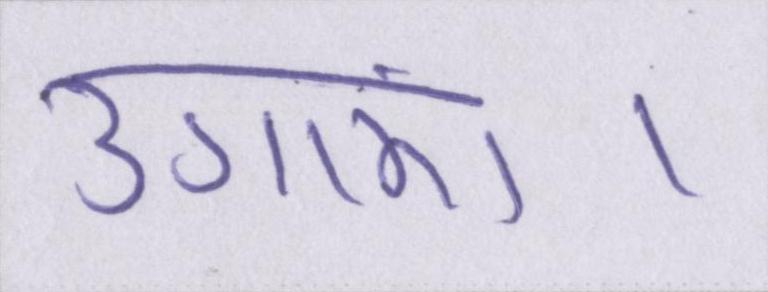
उगाएं।